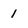
Character: 1